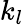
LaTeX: k_{l}